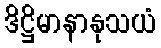
ဒိဋ္ဌိမာနာနုသယံ